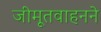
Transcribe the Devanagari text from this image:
जीमूतवाहनने